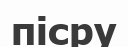
пісру